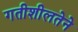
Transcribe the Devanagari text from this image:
गतीशीलतेने